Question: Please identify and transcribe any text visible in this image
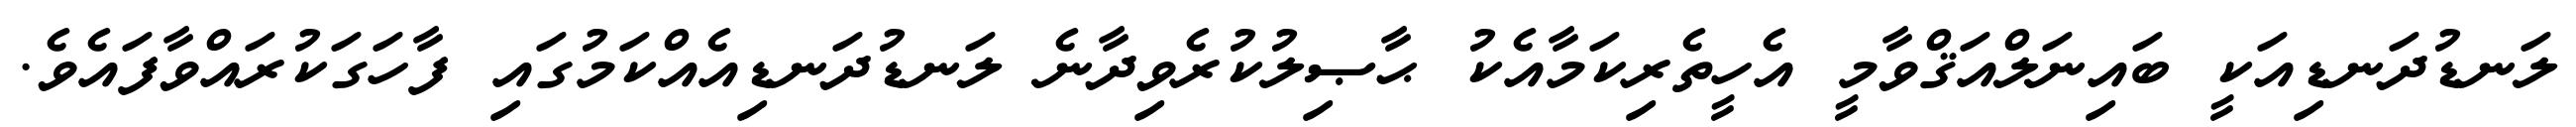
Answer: ލަނޑުދަނޑިއަކީ ބައިނަލްއަޤްވާމީ އެހީތެރިކަމާއެކު ޙާޞިލުކުރެވިދާނެ ލަނޑުދަނޑިއެއްކަމުގައި ފާހަގަކުރައްވާފައެވެ.